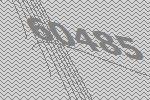
60485